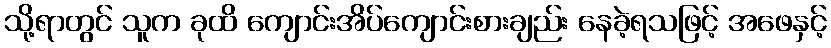
သို့ရာတွင် သူက ခုထိ ကျောင်းအိပ်ကျောင်းစားချည်း နေခဲ့ရသဖြင့် အဖေနှင့်